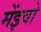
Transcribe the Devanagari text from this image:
मेंइवो